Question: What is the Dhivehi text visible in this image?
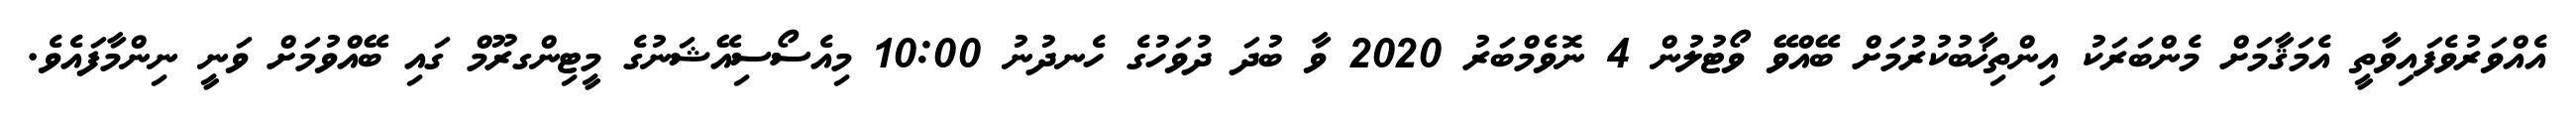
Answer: އެއްވަރުވެފައިވާތީ އެމަޤާމަށް މެންބަރަކު އިންތިޚާބުކުރުމަށް ބޭއްވޭ ވޯޓުލުން 4 ނޮވެމްބަރު 2020 ވާ ބުދަ ދުވަހުގެ ހެނދުނު 10:00 މިއެސޯސިއޭޝަނުގެ މީޓިންގރޫމް ގައި ބޭއްވުމަށް ވަނީ ނިންމާފައެވެ.